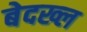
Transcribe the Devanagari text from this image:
बेदख्ल